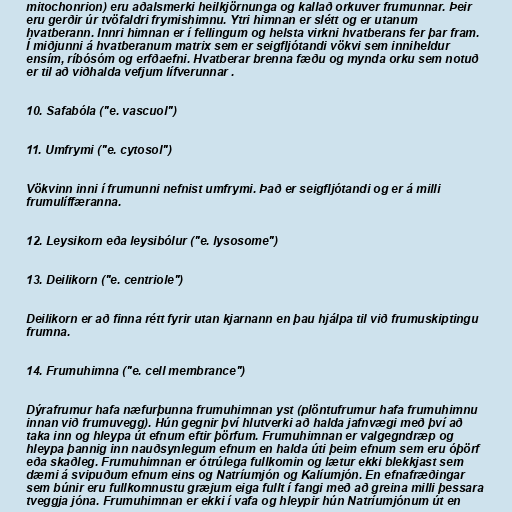
mitochonrion) eru aðalsmerki heilkjörnunga og kallað orkuver frumunnar. Þeir
eru gerðir úr tvöfaldri frymishimnu. Ytri himnan er slétt og er utanum
hvatberann. Innri himnan er í fellingum og helsta virkni hvatberans fer þar fram.
Í miðjunni á hvatberanum matrix sem er seigfljótandi vökvi sem inniheldur
ensím, ríbósóm og erfðaefni. Hvatberar brenna fæðu og mynda orku sem notuð
er til að viðhalda vefjum lífverunnar .

10. Safabóla ("e. vascuol")

11. Umfrymi ("e. cytosol")

Vökvinn inni í frumunni nefnist umfrymi. Það er seigfljótandi og er á milli
frumulíffæranna.

12. Leysikorn eða leysibólur ("e. lysosome")

13. Deilikorn ("e. centriole")

Deilikorn er að finna rétt fyrir utan kjarnann en þau hjálpa til við frumuskiptingu
frumna.

14. Frumuhimna ("e. cell membrance")

Dýrafrumur hafa næfurþunna frumuhimnan yst (plöntufrumur hafa frumuhimnu
innan við frumuvegg). Hún gegnir því hlutverki að halda jafnvægi með því að
taka inn og hleypa út efnum eftir þörfum. Frumuhimnan er valgegndræp og
hleypa þannig inn nauðsynlegum efnum en halda úti þeim efnum sem eru óþörf
eða skaðleg. Frumuhimnan er ótrúlega fullkomin og lætur ekki blekkjast sem
dæmi á svipuðum efnum eins og Natríumjón og Kalíumjón. En efnafræðingar
sem búnir eru fullkomnustu græjum eiga fullt í fangi með að greina milli þessara
tveggja jóna. Frumuhimnan er ekki í vafa og hleypir hún Natríumjónum út en